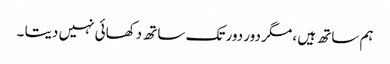
ہم ساتھ ہیں ، مگر دور دور تک ساتھ دکھائی نہیں دیتا ۔